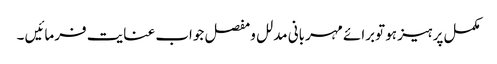
مکمل پرہیز ہو توبرائے مہربانی مدلل ومفصل جواب عنایت فرمائیں ۔